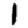
Digit: 1